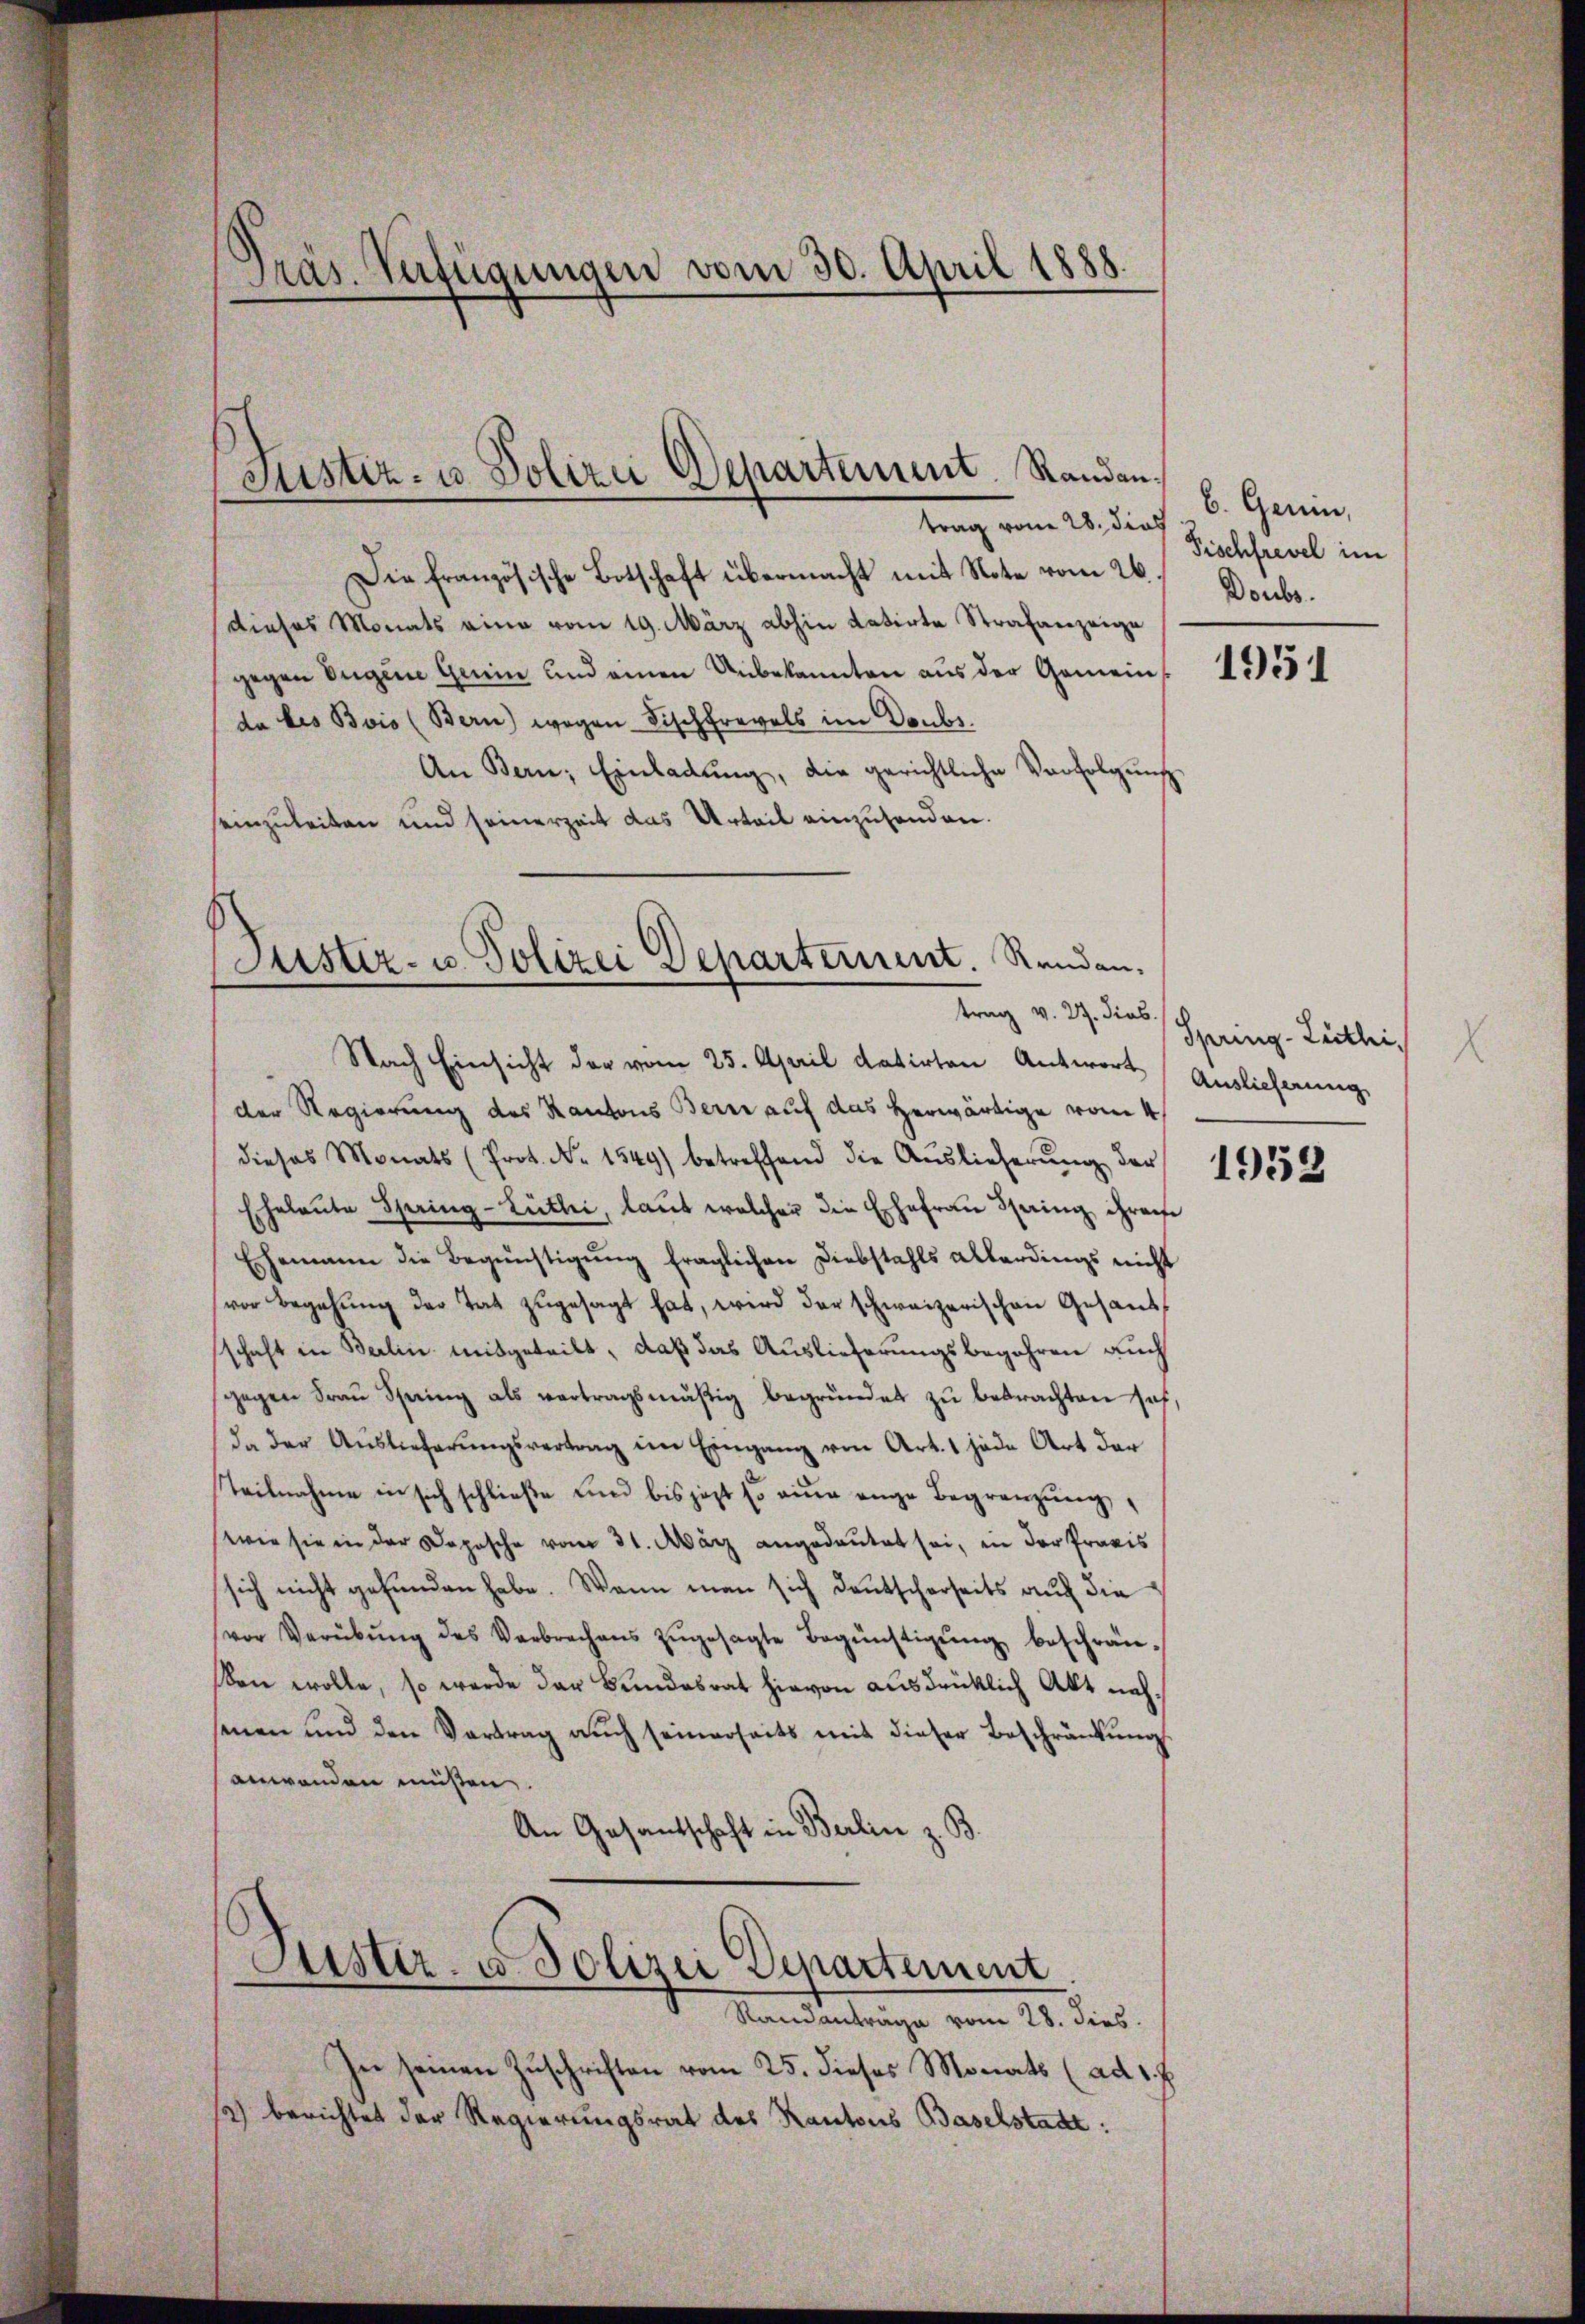
Präs. Verfügungen vom 30. April 1888.

Die französische Botschaft übermacht mit Note vom 26. Doubs.
dieses Monats eine vom 19. März abhin datirte Strafanzeige
gegen Ingen Grün und einen Unbekannten aus der Gemein 154
da des Bois (Bern) wegen Fischfrevels im Doubs.
An Bern, Einladŭng, die gerichtliche Verfolgŭng
seinzuleiten und seinerzeit das Urteil einzusenden.
Justiz- u. Polizei Departement. Renden.

Justiz- u. Polizei Departement. Randantrag vom 28. dies

Nach Einsicht der vom 25. April datirten Antwort Auslieferung
der Regierung des Kantons Bern auf das herwärtige vom 4
dieses Monats (Prot. Nr. 1549) betreffend die Auslieferŭng der
Eheleute Spring-Lütli, laut welcher die Ehefrau dring ihren
Ehemann die Begünstigŭng fraglichen Diebstahls allerdings nicht
vor Begehŭng der Tat zŭgesagt hat, wird der schweizerischen Gesandschaft in Berlin mitgeteilt, daß das Auslieferungsbegehren auch
gegen Fraŭ Spring als vertragsmäßig begründet zŭ betrachten sah,
da der Auslieferungsvertrag im Eingang von Art. 1 jede Art der
Teilnahme in sich schließe und bis jezt so eine ange Begrenzung
wie sie in der Deposche vom 31. März angedeutet sei, in der Praxis
sich nicht gefunden habe. Wenn man sich deutscherseits auch die
vor Verübŭng des Verbrechens zŭgesagte Begünstigŭng beschrän-
ben wolle, so werde der Bundesrat hievon ausdrücklich Akt nachsenen und den Vertrag aŭch seinerseits mit dieser Beschränkung
anwenden müssen.
An Gesantschaft in Berlin z. B.
Justiz- u. Polizei Departement
.
Standanträge vom 28. dies
In seinen Zuschriften vom 25. dieses Monats (ad 1. f
se) berichtet der Regierungsrat des Kantons Baselstadt:

b. Genn,
Fischfrevel im

trag v. 27. dies Spring- Leitlei,

1953